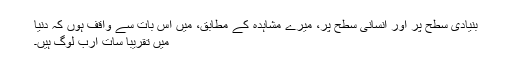
بنیادی سطح پر اور انسانی سطح پر، میرے مشاہدہ کے مطابق، میں اس بات سے واقف ہوں کہ دنیا
میں تقریباً سات ارب لوگ ہیں۔